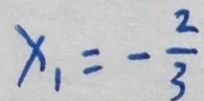
x _ { 1 } = - \frac { 2 } { 3 }